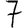
Digit: 7